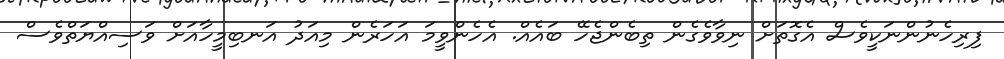
ފިރިހެނުންނަކީވެސް އެގޮތަށް ނިވާވެގެން ތިބެންޖެހޭ ބައެއް. އެހެންވީމަ އަހަރެން މިއަދު އަނބިމީހާއަށް ވަސިއްޔަތްވެސް